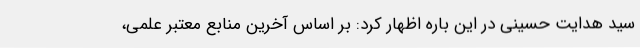
سید هدایت حسینی در این باره اظهار کرد: بر اساس آخرین منابع معتبر علمی،